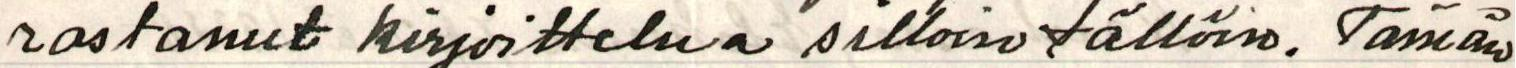
rastanut kirjoittelua silloin tällöin. Tämän